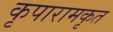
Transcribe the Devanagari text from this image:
कृपारामकृत